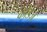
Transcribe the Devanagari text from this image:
कोडज़